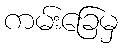
ကမ်းခြေမှ